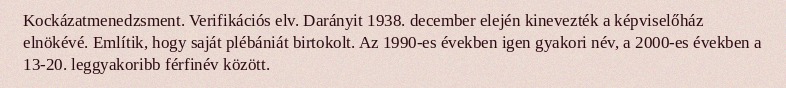
Kockázatmenedzsment. Verifikációs elv. Darányit 1938. december elején kinevezték a képviselőház elnökévé. Említik, hogy saját plébániát birtokolt. Az 1990-es években igen gyakori név, a 2000-es években a 13-20. leggyakoribb férfinév között.